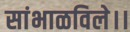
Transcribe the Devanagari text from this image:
सांभाळविले।।